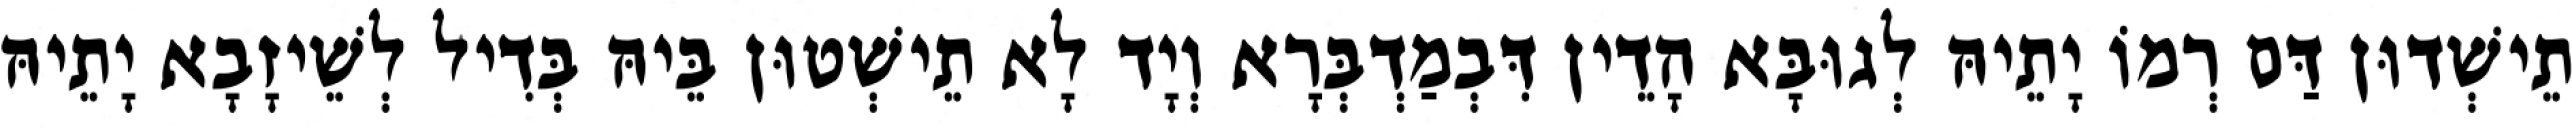
תֵישְׁדוּן דַּם רְמוֹ יָתֵיהּ לְגוּבָּא הָדֵין דִּבְמַדְבְּרָא וְיָד לָא תֵישְׁטוּן בֵּיהּ בְּדִיל לְשֵׁיזָבָא יָתֵיהּ